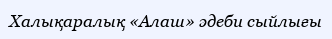
Халықаралық «Алаш» әдеби сыйлығы